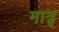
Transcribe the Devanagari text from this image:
मात्रृ